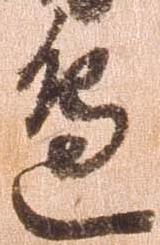
辺